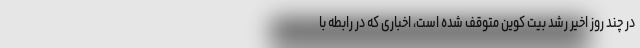
در چند روز اخیر رشد بیت کوین متوقف شده است، اخباری که در رابطه با